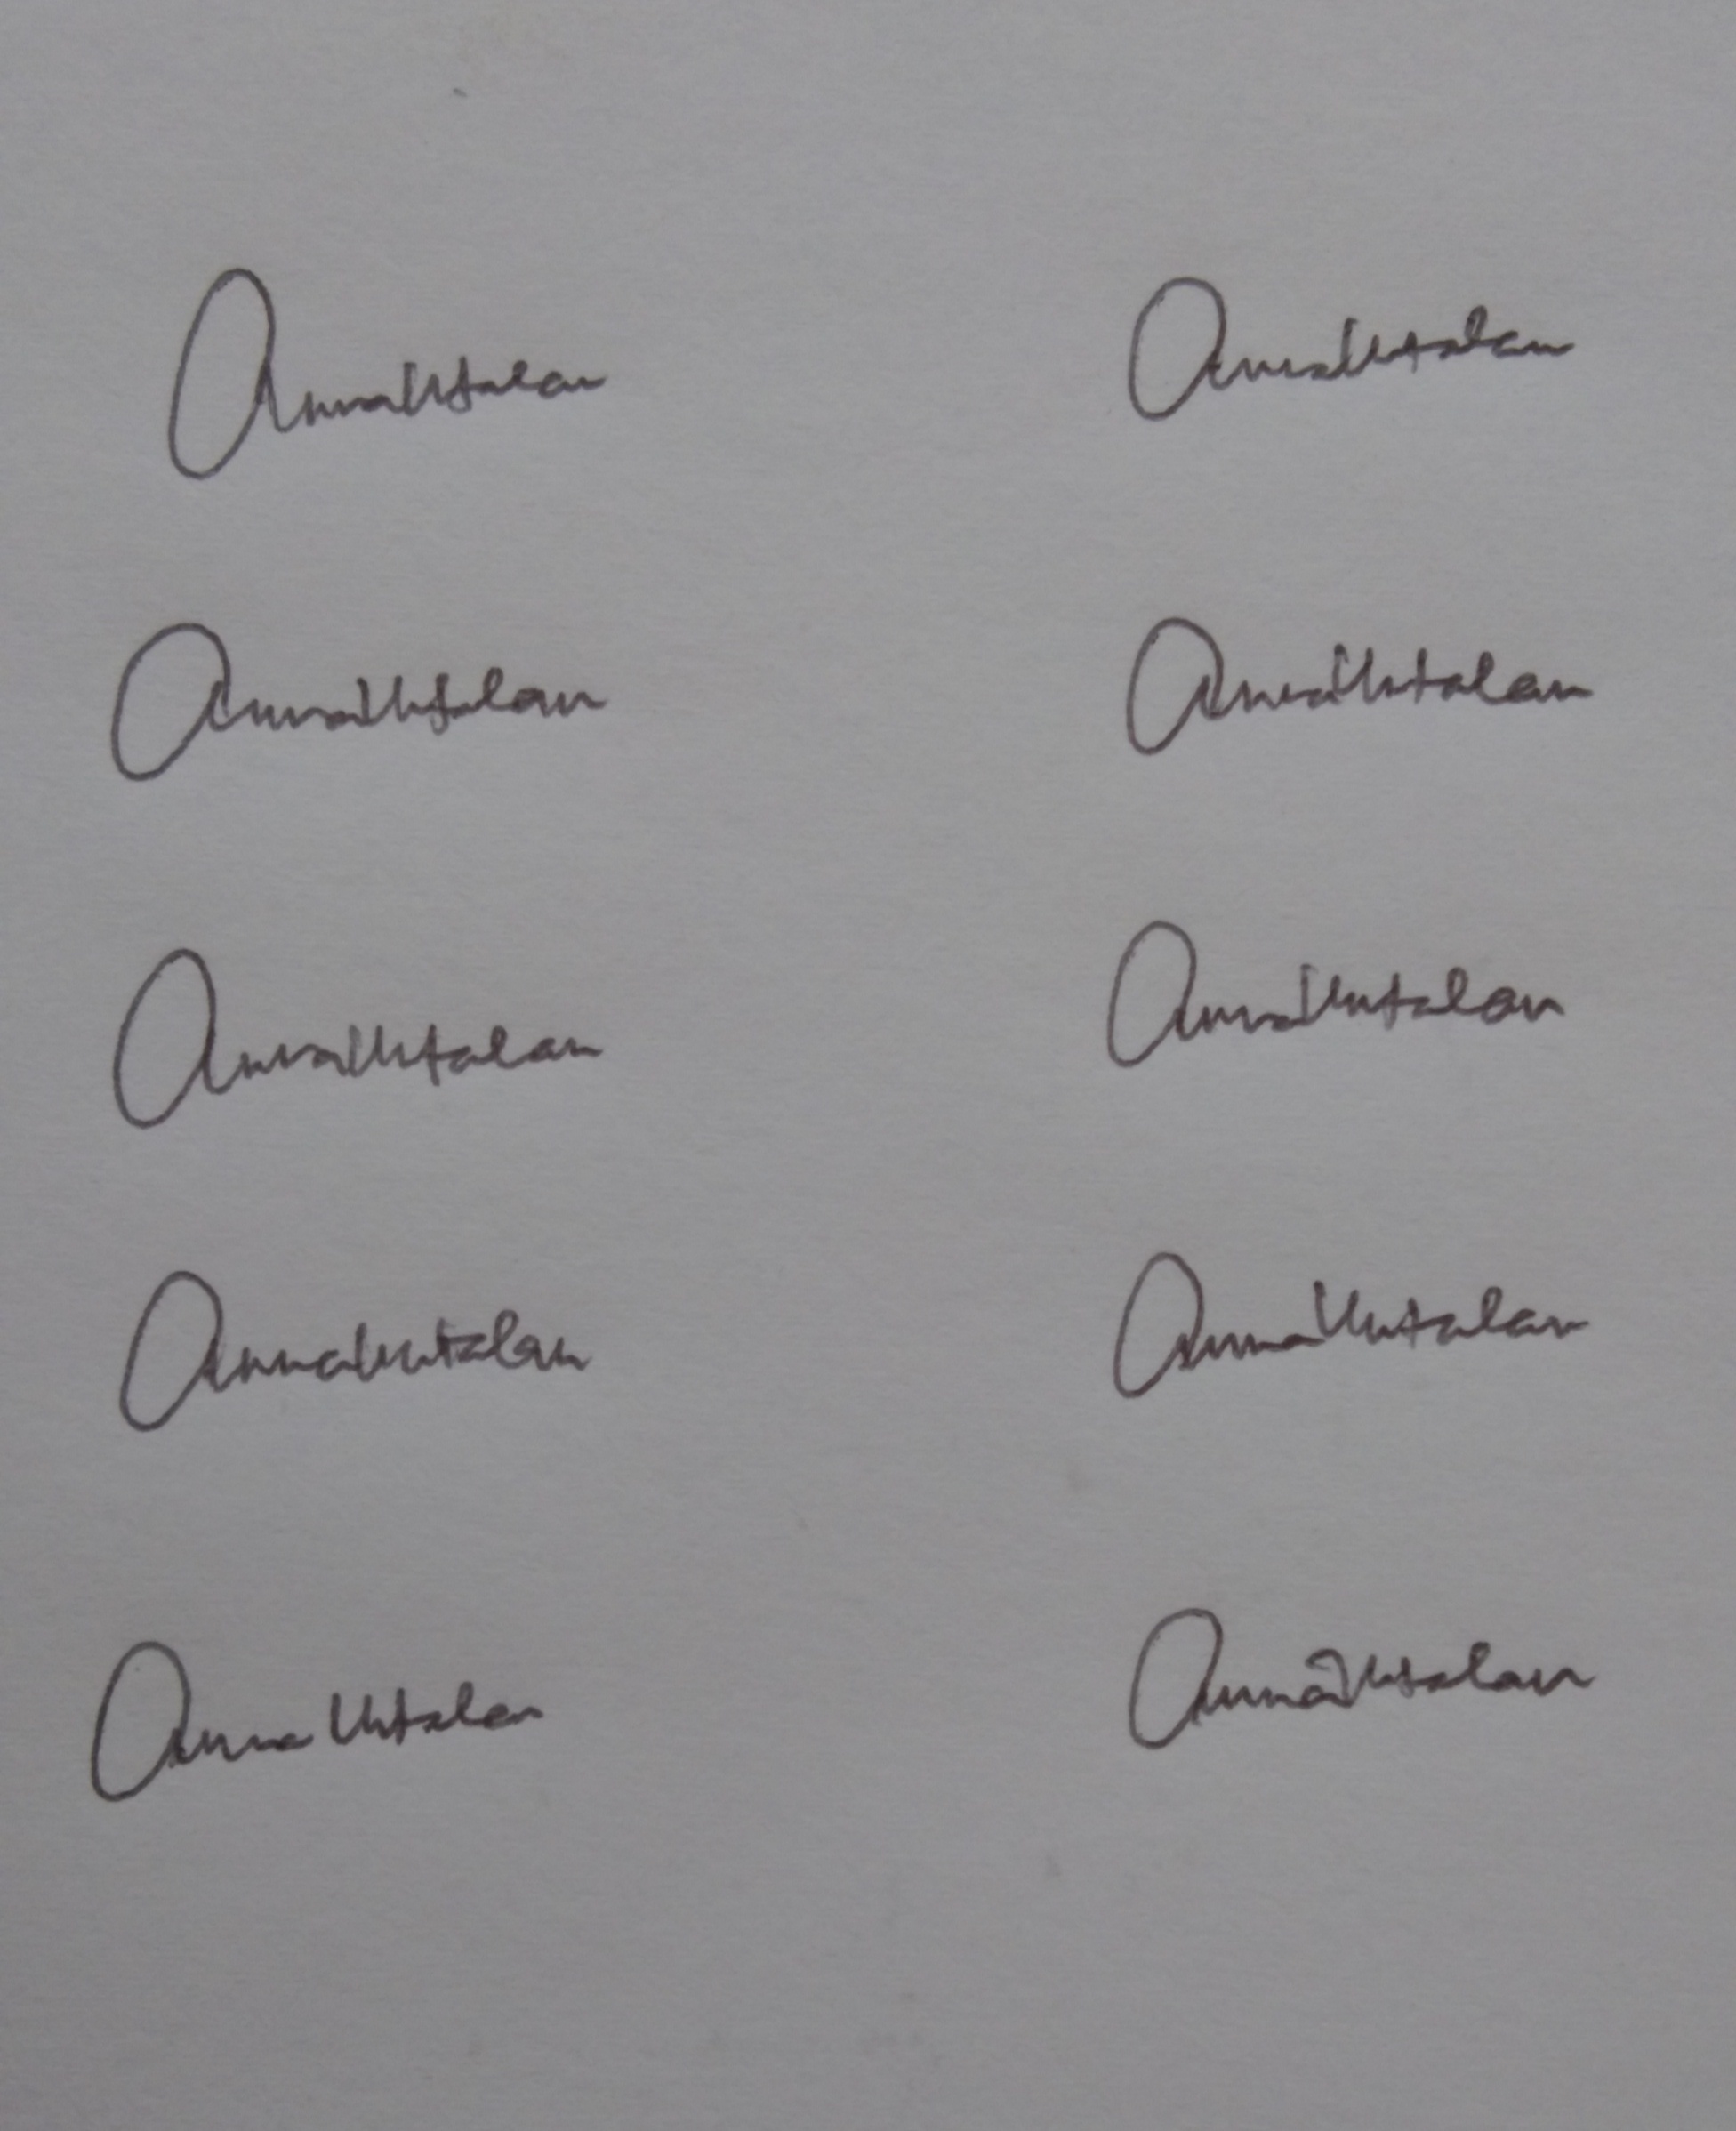
Signature authenticity: genuine